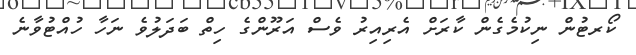
ކޯރޓުން ނިކުމެގެން ކާރަށް އެރިއިރު ވެސް އަރޫންގެ ހިތް ބަދަލުވެ ނަހާ ހުއްޓުވާނެ